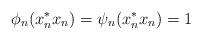
LaTeX: \begin{align*}\phi_n(x_n^*x_n)=\psi_n(x_n^*x_n)=1\end{align*}